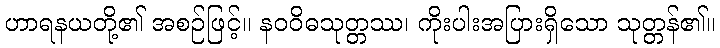
ဟာရနယတို့၏ အစဉ်ဖြင့်။ နဝဝိဓသုတ္တဿ၊ ကိုးပါးအပြားရှိသော သုတ္တန်၏။